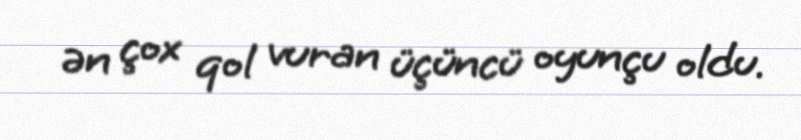
ən çox qol vuran üçüncü oyunçu oldu.